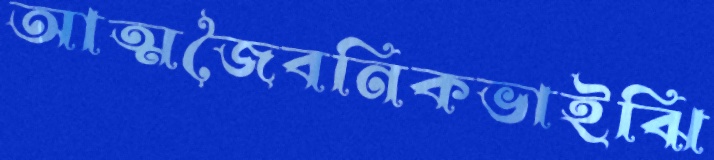
আত্মজৈবনিকভাইঝি